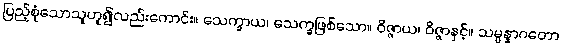
ပြည့်စုံသောသူဟူ၍လည်းကောင်း။ သေက္ခာယ၊ သေက္ခဖြစ်သော။ ဝိဇ္ဇာယ၊ ဝိဇ္ဇာနှင့်။ သမ္ပန္နာဂတော